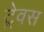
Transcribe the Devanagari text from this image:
ट्रेवस